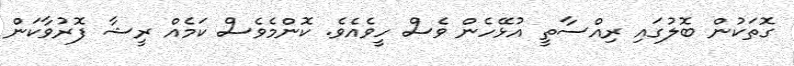
ގޮތަަކުން ބޮލުގައި ރިއްސާތީީ އުޅޭހެން ވެސް ހީވެއެވެ. ކޮންމެވެސް ކަމެއް ރީޝާ ފޮރުވާކަން